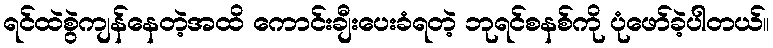
ရင်ထဲစွဲကျန်နေတဲ့အထိ ကောင်းချီးပေးခံရတဲ့ ဘုရင်စနစ်ကို ပုံဖော်ခဲ့ပါတယ်။